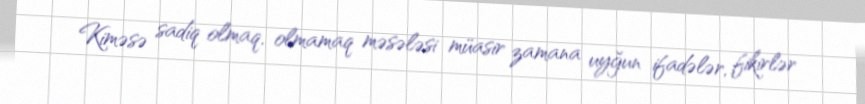
Kiməsə sadiq olmaq, olmamaq məsələsi müasir zamana uyğun ifadələr, fikirlər